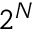
2 ^ { N }